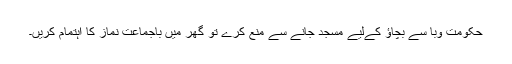
حکومت وبا سے بچاؤ کےلیے مسجد جانے سے منع کرے تو گھر میں باجماعت نماز کا اہتمام کریں۔